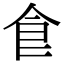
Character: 𩚁